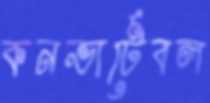
কনভার্টেবল